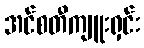
အင်စတီကျူးရှင်း